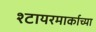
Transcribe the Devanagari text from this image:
श्टायरमार्काच्या